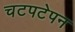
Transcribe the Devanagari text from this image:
चटपटेपन